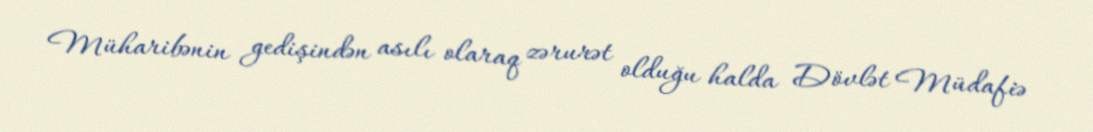
Müharibənin gedişindən asılı olaraq zərurət olduğu halda Dövlət Müdafiə